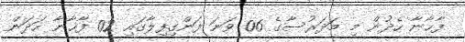
ފާޚާނާ ހެދުން މި މަދަރުސާގެ 06 ވަނަ ފަންގިފިލާގައި 02 ފާޚާނާ ހަދަން